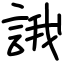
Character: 誐